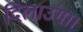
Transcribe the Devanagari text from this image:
दिलाउंगा।